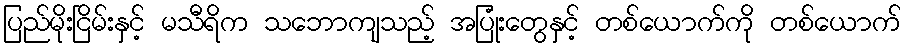
ပြည်မိုးငြိမ်းနှင့် မသီရိက သဘောကျသည့် အပြုံးတွေနှင့် တစ်ယောက်ကို တစ်ယောက်